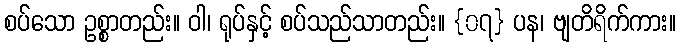
စပ်သော ဥစ္စာတည်း။ ဝါ၊ ရုပ်နှင့် စပ်သည်သာတည်း။ {၀၇} ပန၊ ဗျတိရိက်ကား။